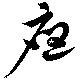
應